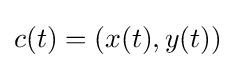
c(t)=(x(t),y(t))